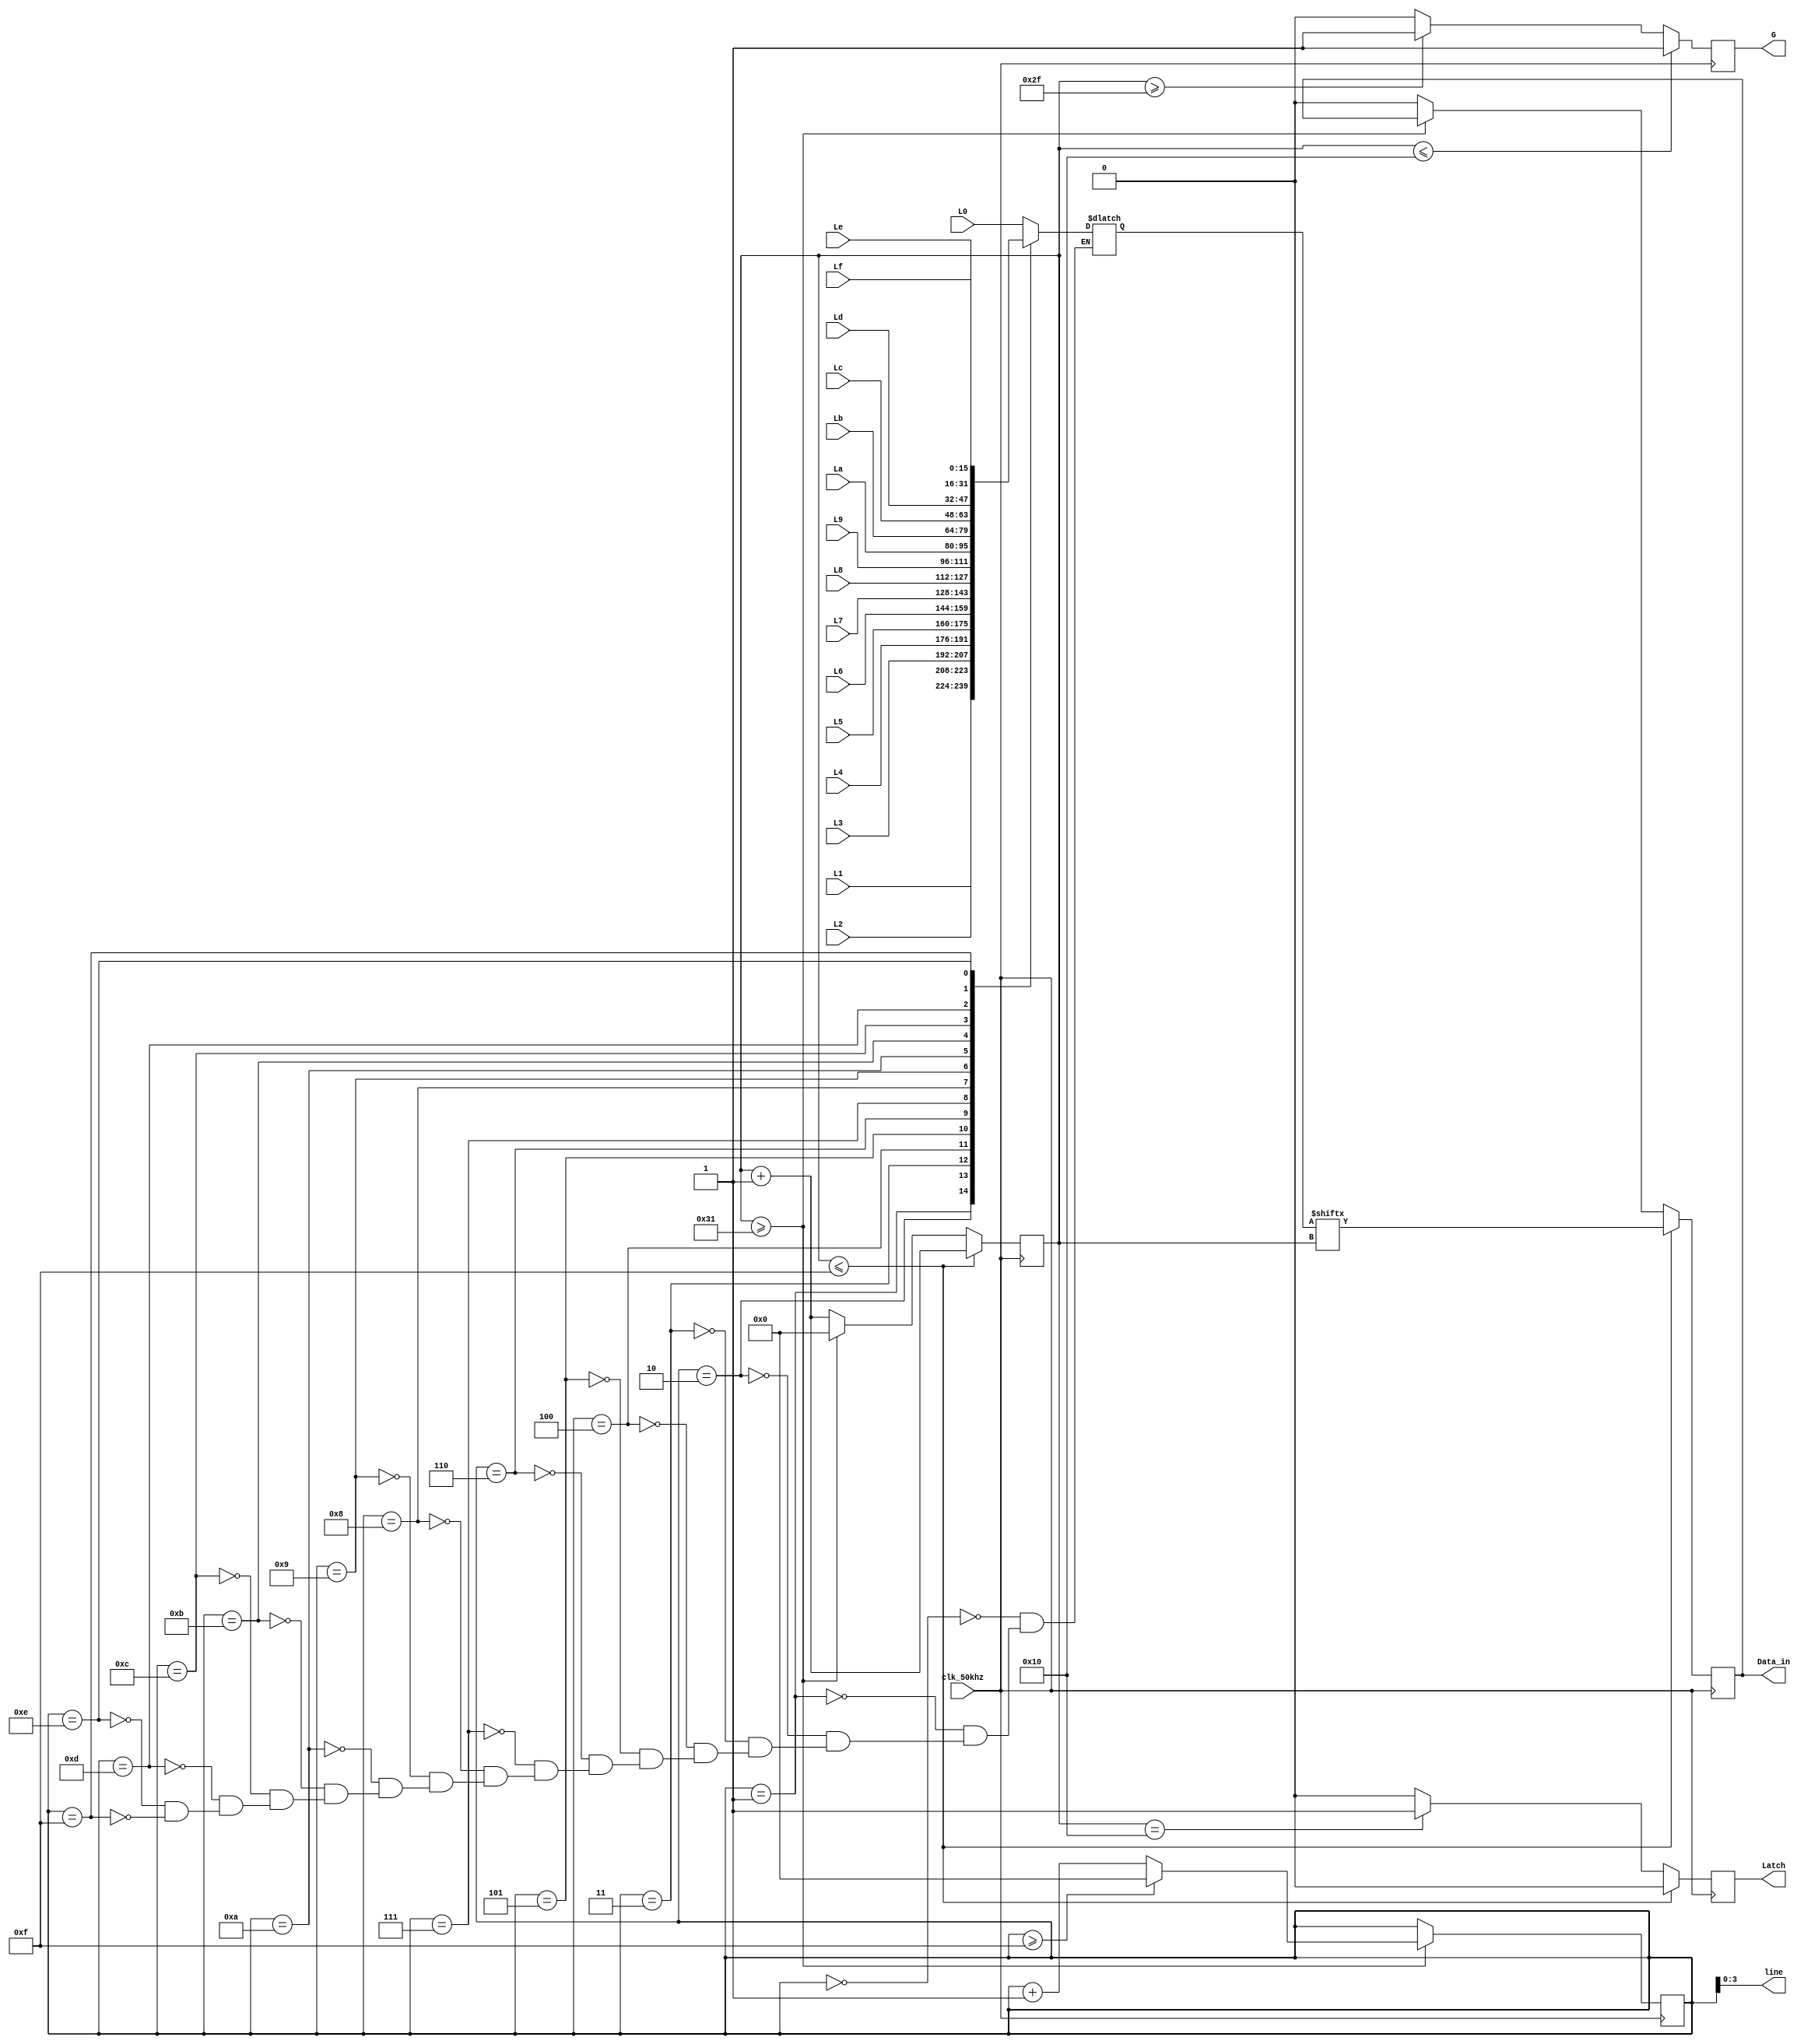
`timescale 1ns / 1ps
//////////////////////////////////////////////////////////////////////////////////
// Company: 
// Engineer: 
// 
// Design Name: 
// Module Name: LED_Display
// Project Name: 
// Target Devices: 
// Tool Versions: 
// Description: 
// 
// Dependencies: 
// 
// Revision:
// Revision 0.01 - File Created
// Additional Comments:
// 
//////////////////////////////////////////////////////////////////////////////////


module LED_Display(
    input [15:0]L0,L1,L2,L3,L4,L5,L6,L7,L8,L9,La,Lb,Lc,Ld,Le,Lf,
    input clk_50khz,
    output [3:0]line,
    output reg Latch,G,Data_in
    );
    reg [15:0]x;
    reg [9:0]cnt,k;
    initial 
    begin
        k<=10'd0;
        cnt<=10'd0;
        G<=0;
        Latch<=0;
        Data_in=0;
    end
    always @ (posedge clk_50khz)
    begin
        
         if (cnt<=10'd15)
         begin
            Data_in=x[cnt];
            cnt=cnt+10'd1;
         end
         else if (cnt>=10'd49)
         begin
            cnt=10'd0;
            //Data_in=x[cnt];
         end
         else 
         begin
            Data_in=0;
            cnt=cnt+10'd1;
         end
    end
    
    always @ (posedge clk_50khz)
    begin
        if (cnt<=10'd16)
            G=1;
        else if (cnt>=10'd47)
            G=1;///////////
        else
            G=0;
    end 
    
    always @ (posedge clk_50khz)
    begin
        if (cnt<=10'd15)
            Latch=0;
        else if (cnt==10'd16)
            Latch=1;
        else 
            Latch=0;
    end
    
    always @ (posedge clk_50khz)
    begin
        if (cnt >=10'd49)
            if (k>=10'd15)
                k=10'd0;
            else 
                k=k+10'd1;
    end 
    assign line=k;
    
    always @ (k)
    begin
        case (k)
                10'd0:x=L0;
                10'd1:x=L1;
                10'd2:x=L2;
                10'd3:x=L3;
                10'd4:x=L4;
                10'd5:x=L5;
                10'd6:x=L6;
                10'd7:x=L7;
                10'd8:x=L8;
                10'd9:x=L9;
                10'd10:x=La;
                10'd11:x=Lb;
                10'd12:x=Lc;
                10'd13:x=Ld;
                10'd14:x=Le;
                10'd15:x=Lf;
             endcase
    end
endmodule